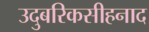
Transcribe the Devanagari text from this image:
उदुबरिकसीहनाद